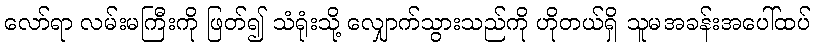
လော်ရာ လမ်းမကြီးကို ဖြတ်၍ သံရုံးသို့ လျှောက်သွားသည်ကို ဟိုတယ်ရှိ သူမအခန်းအပေါ်ထပ်